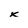
Character: k